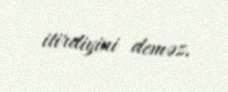
itirdiyini deməz.